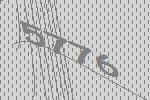
5776